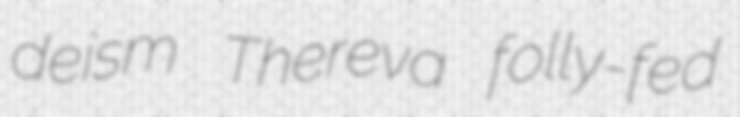
deism Thereva folly-fed